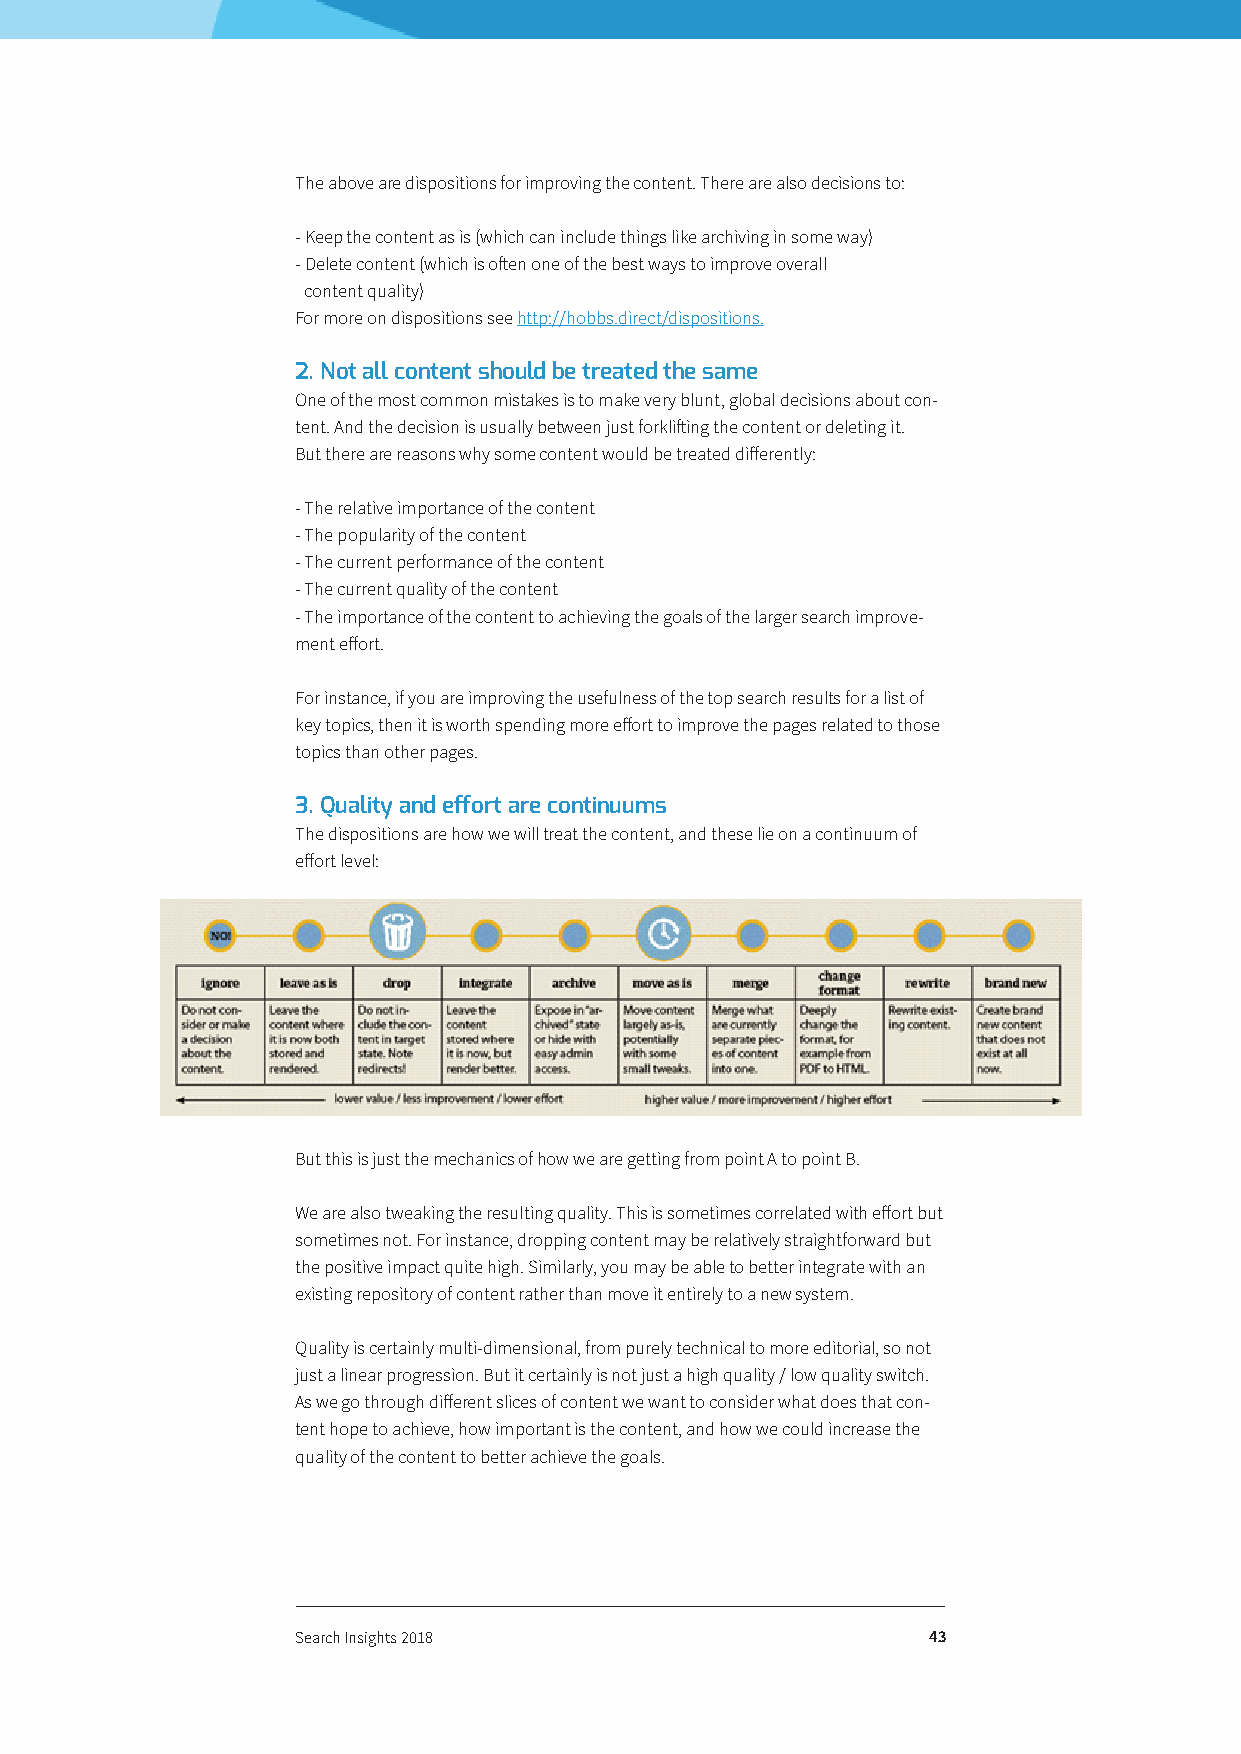
The above are dispositions for improving the content. There are also decisions to:
 - Keep the content as is (which can include things like archiving in some way)
 - Delete content (which is often one of the best ways to improve overall
 content quality)
 For more on dispositions see http://hobbs.direct/dispositions.
 2. Not all content should be treated the same
 One of the most common mistakes is to make very blunt, global decisions about con-
 tent. And the decision is usually between just forklifting the content or deleting it.
 But there are reasons why some content would be treated differently:
 - The relative importance of the content
 - The popularity of the content
 - The current performance of the content
 - The current quality of the content
 - The importance of the content to achieving the goals of the larger search improve-
 ment effort.
 For instance, if you are improving the usefulness of the top search results for a list of
 key topics, then it is worth spending more effort to improve the pages related to those
 topics than other pages.
 3. Quality and effort are continuums
 The dispositions are how we will treat the content, and these lie on a continuum of
 effort level:
 But this is just the mechanics of how we are getting from point A to point B.
 We are also tweaking the resulting quality. This is sometimes correlated with effort but
 sometimes not. For instance, dropping content may be relatively straightforward but
 the positive impact quite high. Similarly, you may be able to better integrate with an
 existing repository of content rather than move it entirely to a new system.
 Quality is certainly multi-dimensional, from purely technical to more editorial, so not
 just a linear progression. But it certainly is not just a high quality / low quality switch.
 As we go through different slices of content we want to consider what does that con-
 tent hope to achieve, how important is the content, and how we could increase the
 quality of the content to better achieve the goals.
 Search Insights 2018                     43